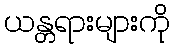
ယန္တရားများကို